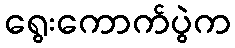
ရွေးကောက်ပွဲက